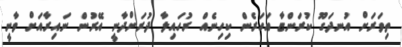
ތިވަރަށް އުނދަގޫ ކުރަންޏާ އަހަރެން ކިހިނެއް ރުހައިލާ ދުރަށްދާނީ އޭރުން ނައިރާއަށް ވާނީ